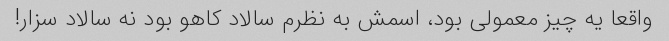
واقعا یه چیز معمولی بود، اسمش به نظرم سالاد کاهو بود نه سالاد سزار!